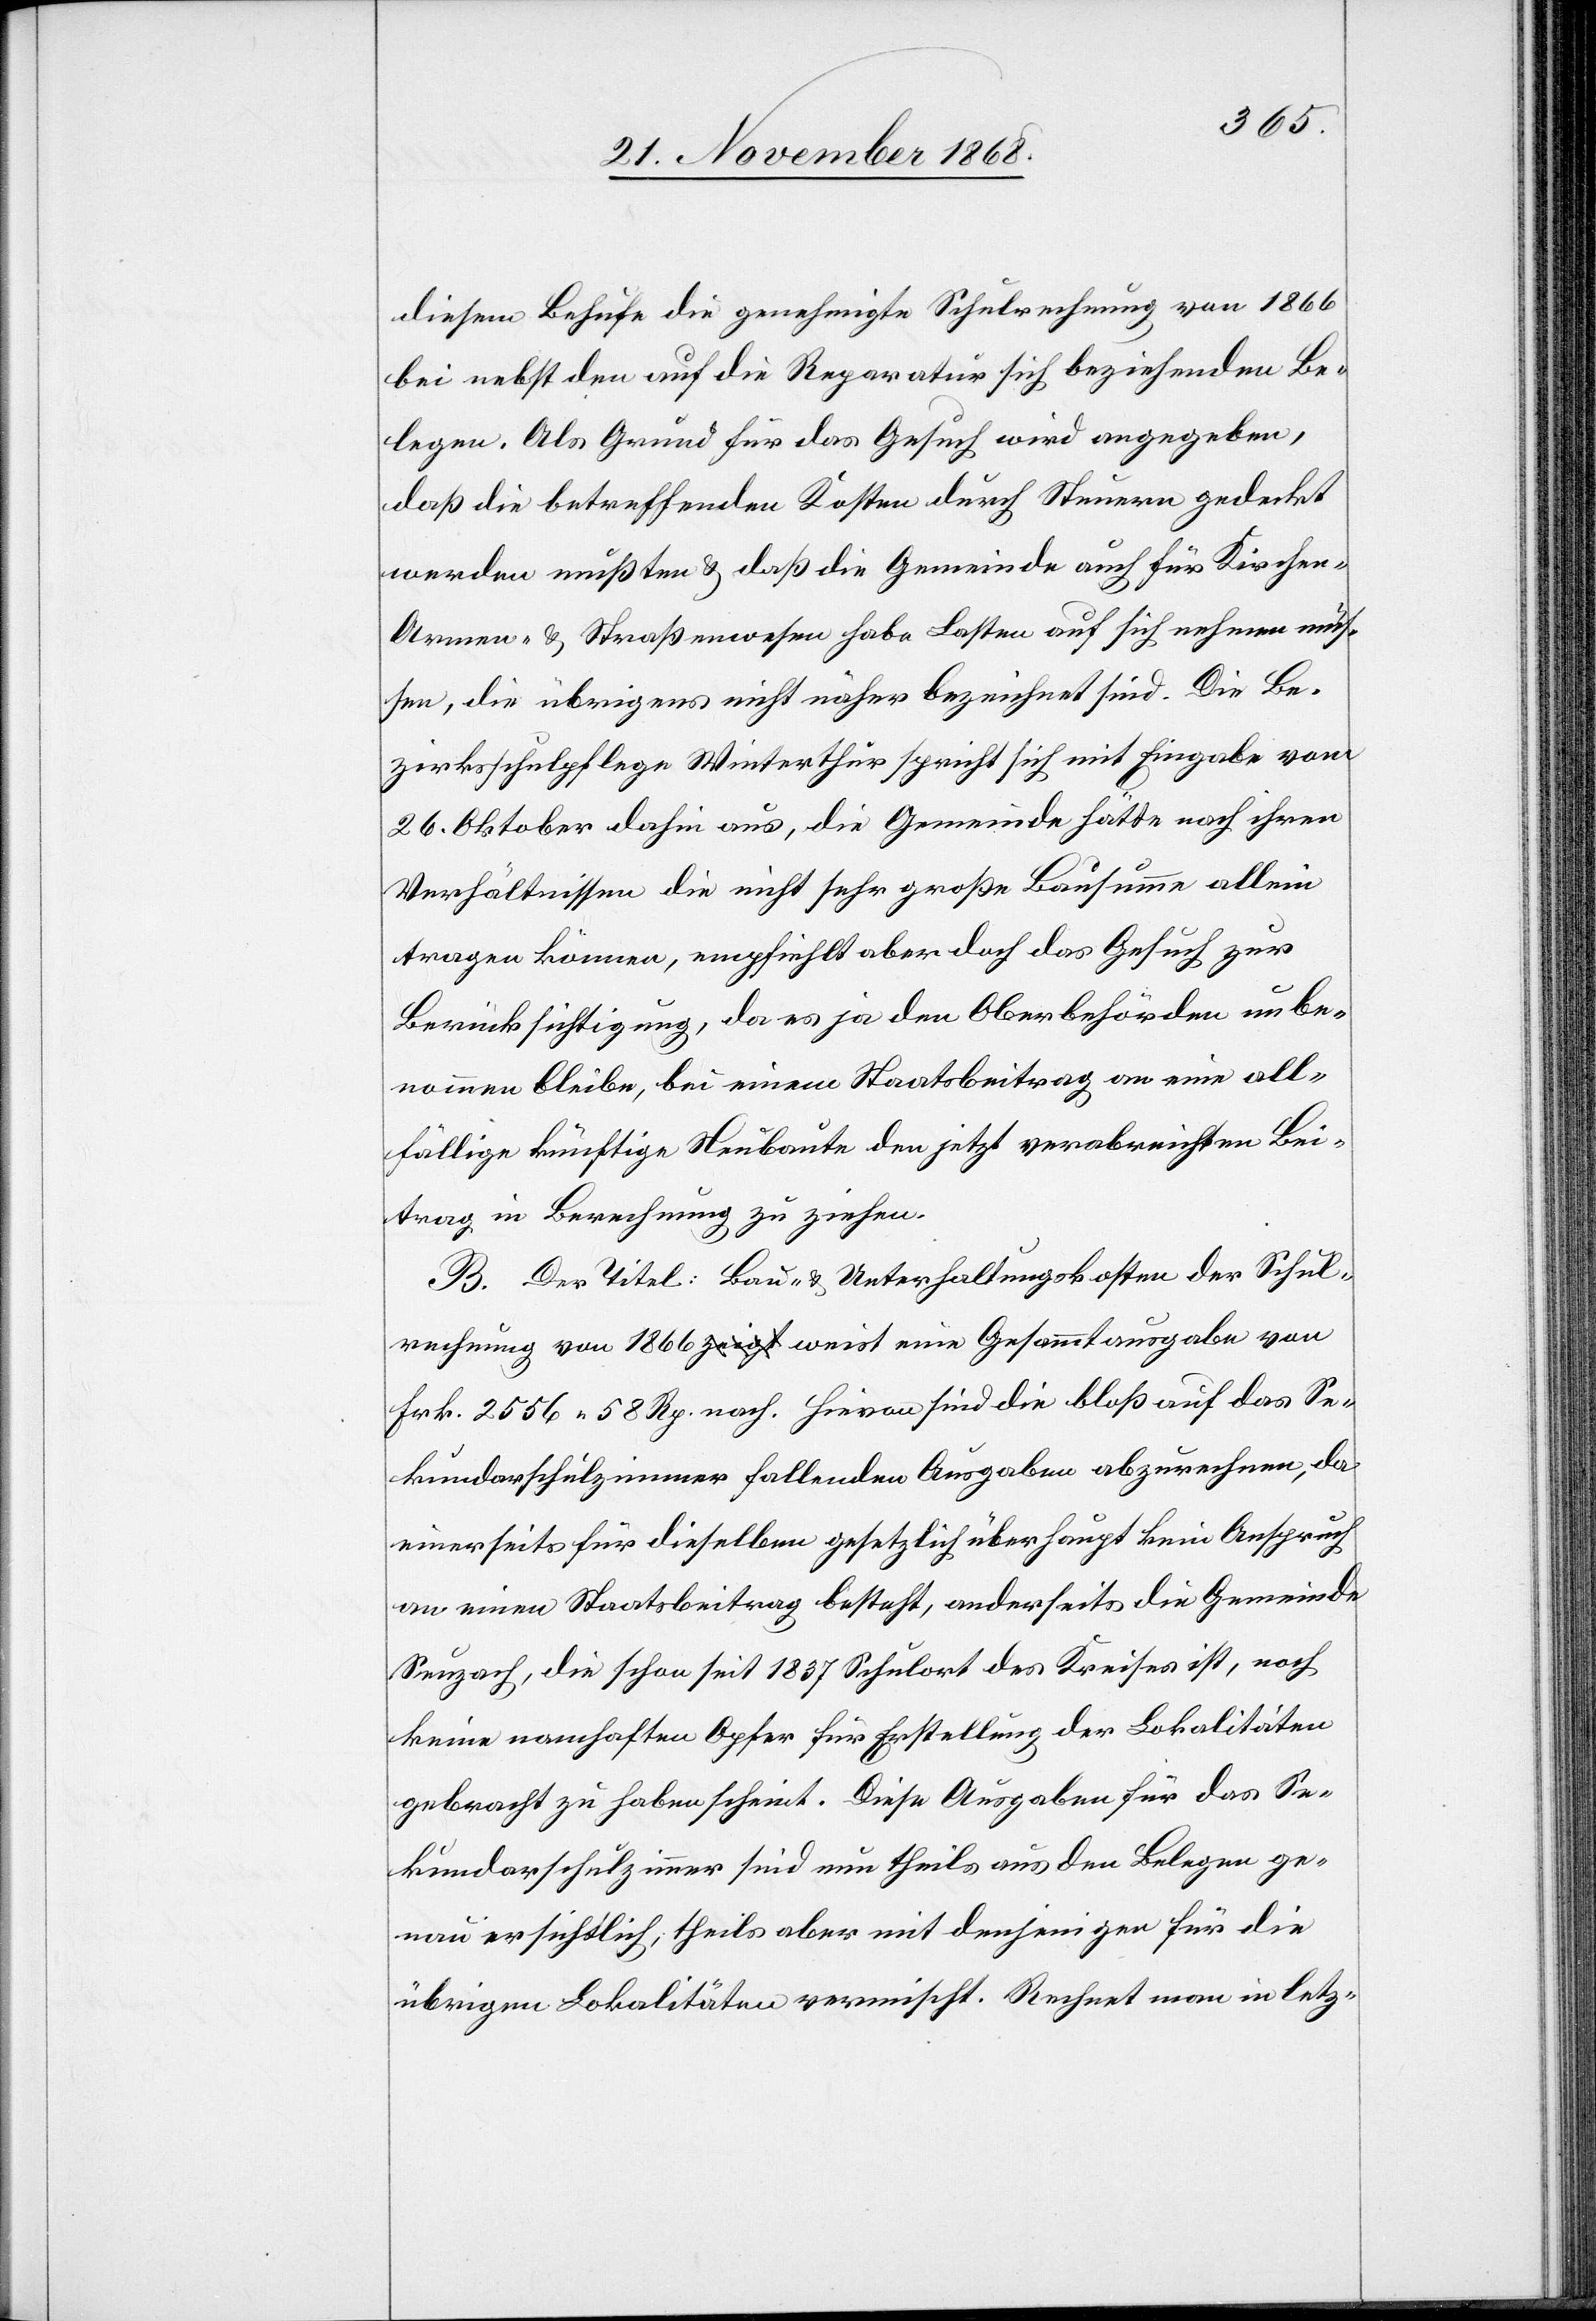
diesem Behufe die genehmigte Schulrechnung von 1866
bei nebst den auf die Reparatur sich beziehenden Be¬
legen. Als Grund für das Gesuch wird angegeben,
das die betreffenden Kosten durch Steuern gedeckt
werden mußten & daß die Gemeinde auch für Kirchen-[,]
Armen- & Straßenwesen habe Lasten auf sich nehmen müs¬
sen, die übrigens nicht näher bezeichnet sind. Die Be¬
zirksschulpflege Winterthur spricht sich mit Eingabe vom
26. Oktober dahin aus, die Gemeinde hätte nach ihren
Verhältnissen die nicht sehr große Bausumme allein
tragen können, empfiehlt aber doch das Gesuch zur
Berücksichtigung, da es ja den Oberbehörden unbe¬
nommen bleibe, bei einem Staatsbeitrag an eine all¬
fällige künftige Neubaute den jetzt verabreichten Bei¬
trag in Berechnung zu ziehen.
B. Der Titel: Bau- & Unterhaltungskosten der Schul¬
rechnung von 1866 a-zeigt-a weist eine Gesammtausgabe von
Frk. 2556 58 Rp. nach. Hievon sind die bloß auf das Se¬
kundarschulzimmer fallenden Ausgaben abzurechnen, da
einerseits für dieselben gesetzlich überhaupt kein Anspruch
an einen Staatsbeitrag besteht, anderseits die Gemeinde
Seuzach, die schon seit 1837 Schulort des Kreises ist, noch
keine namhaften Opfer für Erstellung der Lokalitäten
gebracht zu haben scheint. Diese Ausgaben für das Se¬
kundarschulzimmer sind nun theils aus den Belegen ge¬
nau ersichtlich, theils aber mit denjenigen für die
übrigen Lokalitäten vermischt. Rechnet man in letz-